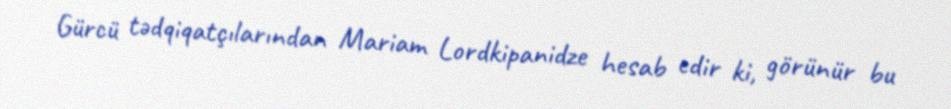
Gürcü tədqiqatçılarından Mariam Lordkipanidze hesab edir ki, görünür bu